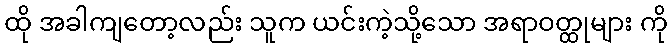
ထို အခါကျတော့လည်း သူက ယင်းကဲ့သို့သော အရာဝတ္ထုများ ကို